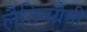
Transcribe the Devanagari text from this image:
लैटिनग्रैमी